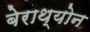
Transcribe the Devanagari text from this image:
बेराथ्योन